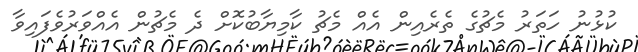
ކުޅުނު ހަތަރު މެޗުގެ ތެރެއިން އެއް މެޗު ކާމިޔާބުކޮށް ދެ މެޗުން އެއްވަރުވެފައިވާ